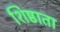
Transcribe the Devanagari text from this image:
शिष्ठाता